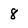
Character: 8